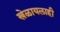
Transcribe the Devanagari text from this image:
खेळायलाही